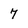
Character: 7